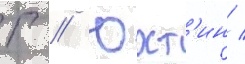
Г // Юхт'ин /